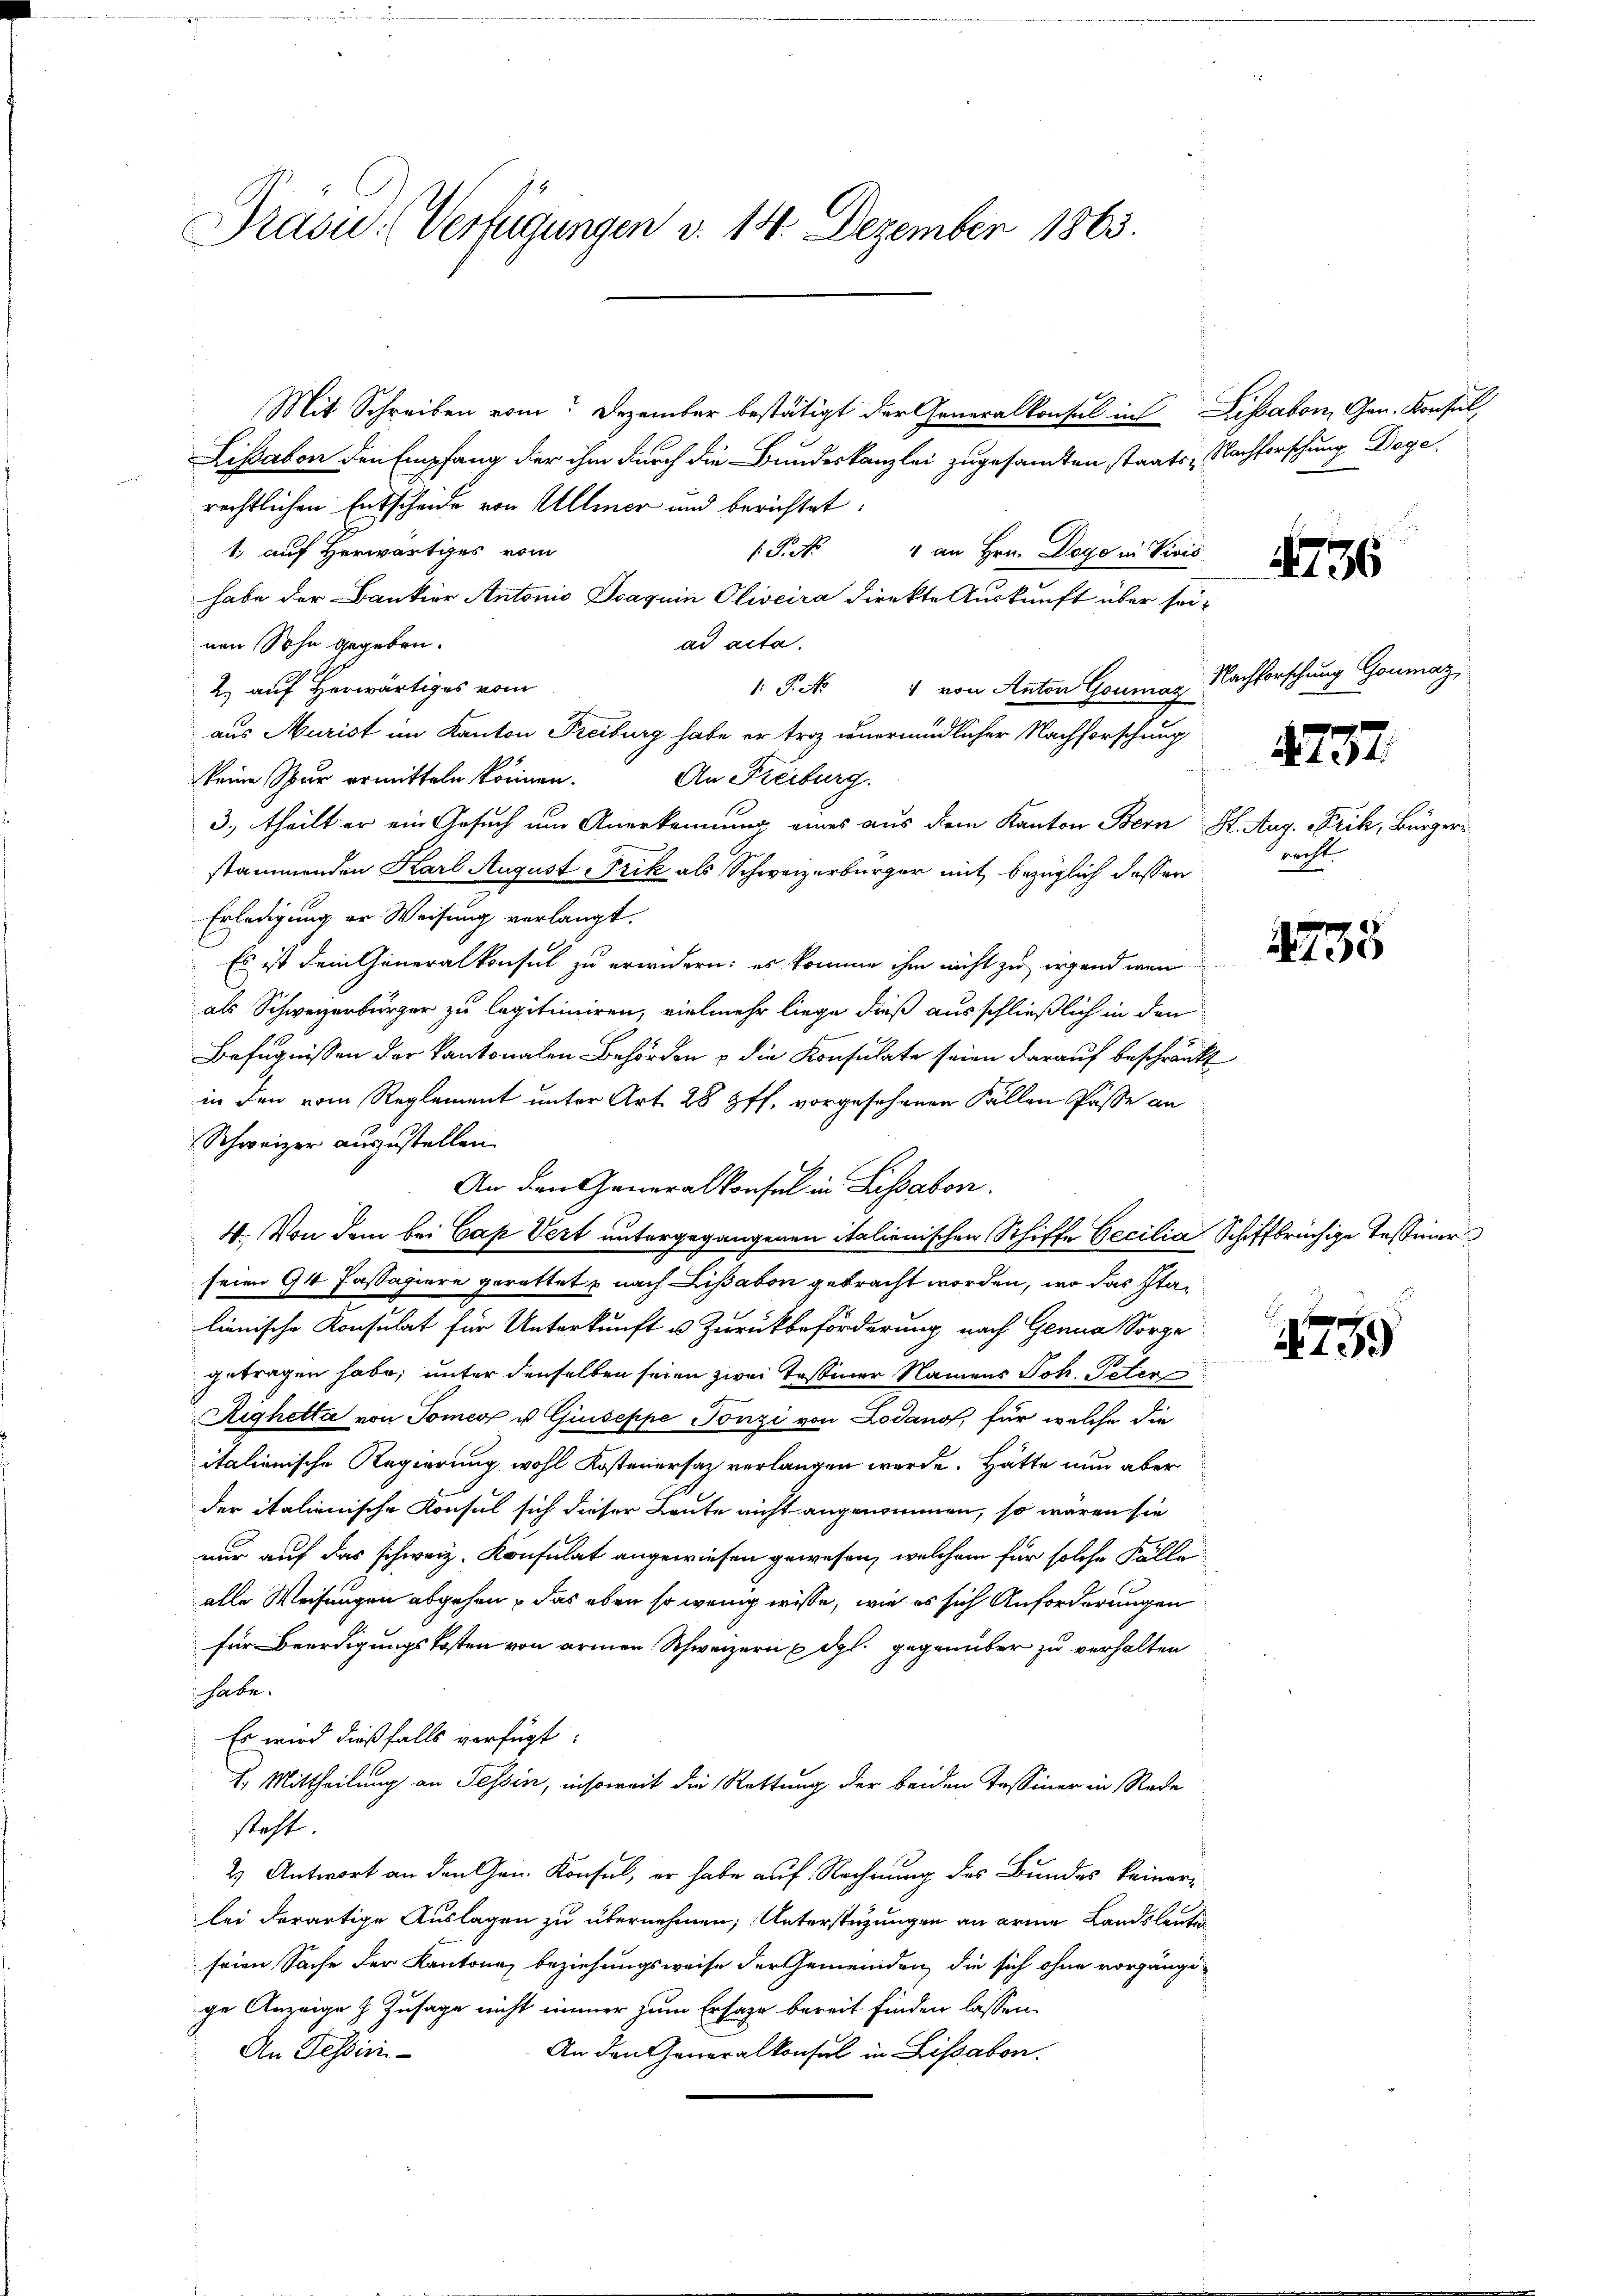
Präsid.: Verfügungen v. 14. Dezember 1863.

Mit Schreiben vom Dezember bestätigt der Generalkonsul in Lissabon, Gen. Konsul,
Lisabon den Empfang der ihm durch die Bundeskanzlei zugesamten staats- Nachforschung Dogerechtlichen Entscheide von Ullmer und berichtet:
1. auf Herwärtiges vom
P. Nr. 4 an Hrn. Dogo in Vivis
habe der Bankier Antonio Svaquin Oliveira direkte Auskunft über seiad acta.
nen Sohn gegeben.
2) auf Herwärtiges vom
.P. No 1 von Anton Goumaz
aus Murist im Kanton Freiburg habe er troz unermüdlicher Nachforschung
keine Spur ermitteln können. An Freiburg.
3. theilt er ein Gesuch um Anerkennung eines aus dem Kanton Bern H. Aug. Frik, Bürgerstammenden Karl August Frik als Schweizerbürger mit bezüglich dessen
Erledigung er Weisung verlangt.
Es ist dein Generalkonsul zu erwidern: es komme ihm nicht zu irgend wenn
als Schweizerbürger zu legitimiren, vielmehr liege dieß ausschließlich in den
Befugnissen der Kantonalen Behörden u die Konsulate seien darauf beschränkt
in den vom Reglement unter Art. 28 pff, vorgesehenen Fällen Pässe an
Schweizer auszustellen.
An den Generalkonsul in Lussabon.
4. Von dem bei Cap Vert untergegangenen italienischen Schiffe Oecilia Schiffbrüchige Tessiner
seien 94 Passagiere gerettet & nach Lisabon gebracht worden, wo das Stalienische Konsulat für Unterkunft u. Zurückbeförderung nach Genua Sorge
getragen habe; unter denselben seien zwei Tessiner Namens Joh. Peter
Righetta von Tomes u Giuseppe Tonzi von Lodanos, für welche die
italienische Regierung wohl Kostenersatz verlangen werde. Hätte nun aber
der italienische Konsul sich dieser Leute nicht angenommen, so wären sie
nur auf das schweiz. Konsulat angewiesen gewesen, welchem für solche Fälle
alle Weisungen abgehen, das eben so wenig wisse, wie es sich Anforderungen
für Beerdigungskosten von armen Schweizern u. dgl. gegenüber zu verhalten
habe.
Es wird dießfalls verfügt:
2. Mittheilung an Tessin, insoweit die Rettung der beiden Tessiner in Rede
steht.
2) Antwort an den Gen. Konsul, er habe auf Rechnung des Bundes keinerlei derartige Auslagen zu übernehmen, Unterstüzungen an arme Landsleute
seien Sache der Kantone beziehungsweise der Gemeinden, die sich ohne vorgängige Anzeige z. Zusage nicht immer zum Ersage bereit finden lassen.
An den Generalkonsul in Lissabon.
An Tessini-

1736

Nachforschung Goumaz

2737.

recht.

13

759